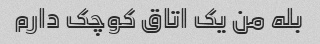
بله من یک اتاق کوچک دارم